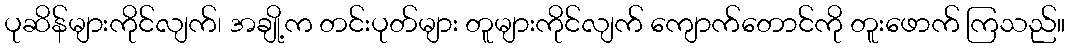
ပုဆိန်များကိုင်လျက်၊ အချို့က တင်းပုတ်များ တူများကိုင်လျက် ကျောက်တောင်ကို တူးဖောက် ကြသည်။